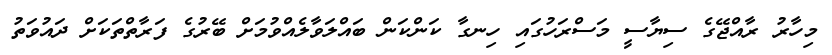
މިހާރު ރާއްޖޭގެ ސިޔާސީ މަސްރަހުގައި ހިނގާ ކަންކަން ބައްލަވާލެއްވުމަށް ބޭރުގެ ފަރާތްތަކަށް ދައުވަތު